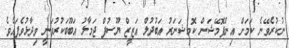
ނުކުރެވޭނެ ކަމަށް އިންފޮމޭޝަން ކޮމިޝަނަރު އަބުދުލް އަޒީޒް ޔޫސުފް ޖަމާލު އަބޫބަކުރުވަނީ ވިދާޅުވެފައެވެ.